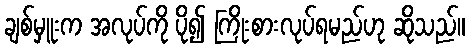
ချစ်မှူးက အလုပ်ကို ပို၍ ကြိုးစားလုပ်ရမည်ဟု ဆိုသည်။